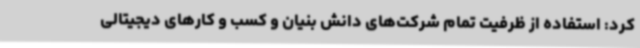
کرد: استفاده از ظرفیت تمام شرکت‌های دانش بنیان و کسب و کارهای دیجیتالی